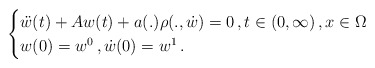
\begin{align*}\begin{cases} \ddot{ w}(t) + Aw (t) + a(.) \rho(., \dot w)=0\,,t\in (0,\infty)\,, x \in \Omega \\w(0)=w^0 \,, \dot w (0)=w^1 \,.\end{cases}\end{align*}